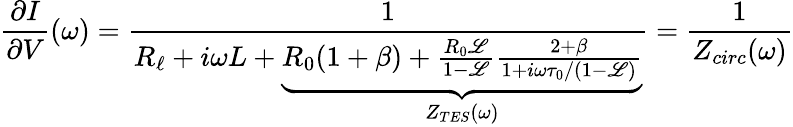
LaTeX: \frac{\partial I}{\partial V}(\omega)=\frac{1}{R_{\ell}+i\omega L+\underbrace{R_{0}(1+\beta)+\frac{R_{0}\mathscr{L}}{1-\mathscr{L}}\frac{2+\beta}{1+i\omega\tau_{0}/(1-\mathscr{L})}}_{Z_{TES}(\omega)}}=\frac{1}{Z_{circ}(\omega)}